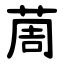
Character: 䓟